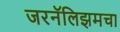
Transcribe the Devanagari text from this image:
जरनॅलिझमचा